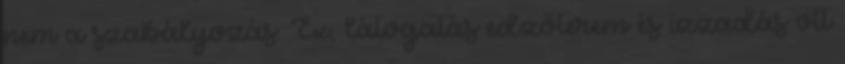
nem a szabályozás. Ex, látogatás edzőterem és izzadás ott